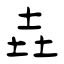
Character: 垚